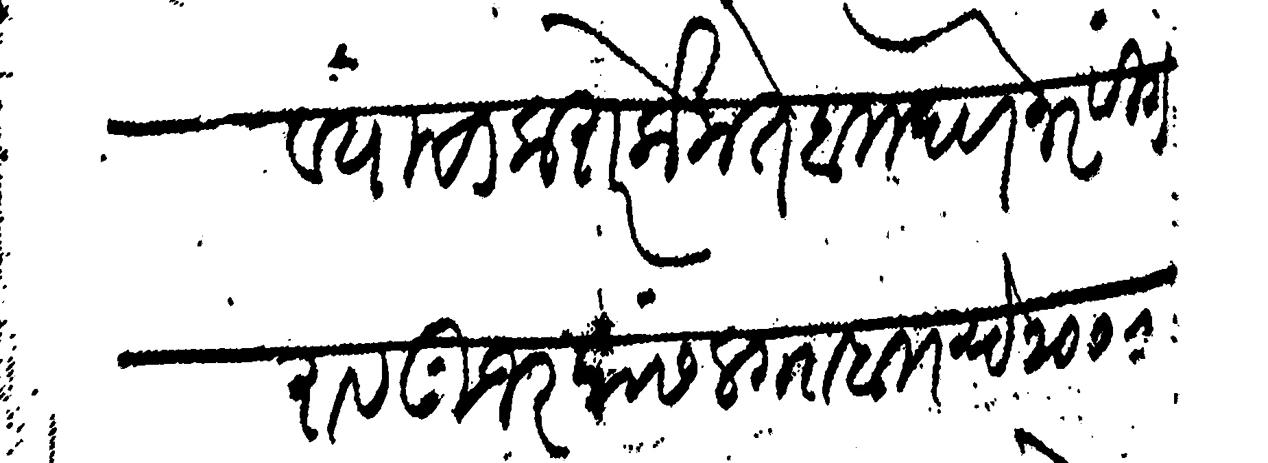
Transliteration (Devanagari): घ्यावयाचा करार केला ते ब देणे नरसिंगराव गुजर यास लग्ना ब रूये २०००